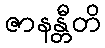
ဇာနန္တီတိ